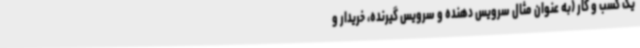
یک کسب و کار (به عنوان مثال سرویس دهنده و سرویس گیرنده، خریدار و